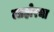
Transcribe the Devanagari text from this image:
लाहोरचा